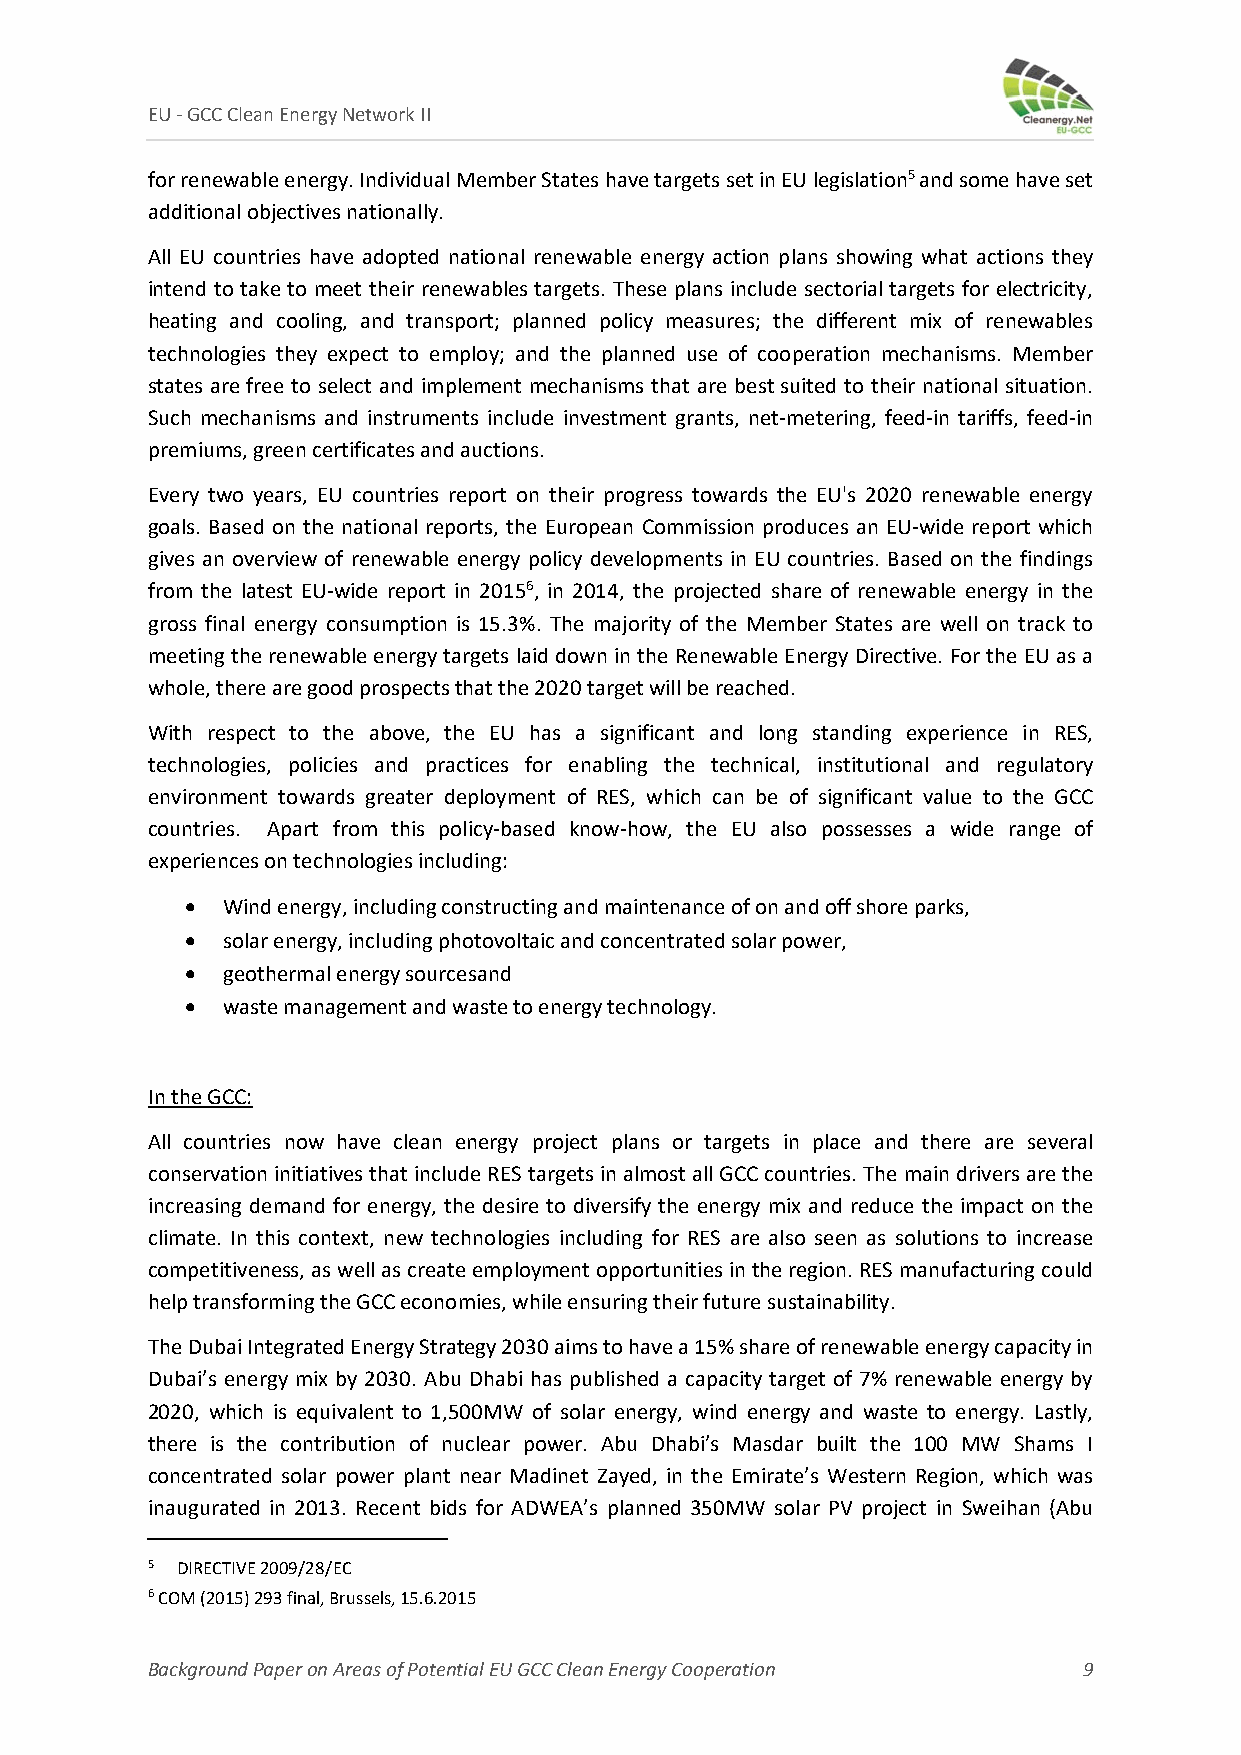
EU ‐ GCC Clean Energy Network II
 for renewable energy. Individual Member States have targets set in EU legislation5 and some have set
 additional objectives nationally.
 All EU countries have adopted national renewable energy action plans showing what actions they
 intend to take to meet their renewables targets. These plans include sectorial targets for electricity,
 heating and cooling, and transport; planned policy measures; the different mix of renewables
 technologies they expect to employ; and the planned use of cooperation mechanisms. Μember
 states are free to select and implement mechanisms that are best suited to their national situation.
 Such mechanisms and instruments include investment grants, net‐metering, feed‐in tariffs, feed‐in
 premiums, green certificates and auctions.
 Every two years, EU countries report on their progress towards the EU's 2020 renewable energy
 goals. Based on the national reports, the European Commission produces an EU‐wide report which
 gives an overview of renewable energy policy developments in EU countries. Based on the findings
 from the latest EU‐wide report in 20156, in 2014, the projected share of renewable energy in the
 gross final energy consumption is 15.3%. The majority of the Member States are well on track to
 meeting the renewable energy targets laid down in the Renewable Energy Directive. For the EU as a
 whole, there are good prospects that the 2020 target will be reached.
 With respect to the above, the EU has a significant and long standing experience in RES,
 technologies, policies and practices for enabling the technical, institutional and regulatory
 environment towards greater deployment of RES, which can be of significant value to the GCC
 countries. Apart from this policy‐based know‐how, the EU also possesses a wide range of
 experiences on technologies including:
   Wind energy, including constructing and maintenance of on and off shore parks,
   solar energy, including photovoltaic and concentrated solar power,
   geothermal energy sourcesand
   waste management and waste to energy technology.
 In the GCC:
 All countries now have clean energy project plans or targets in place and there are several
 conservation initiatives that include RES targets in almost all GCC countries. The main drivers are the
 increasing demand for energy, the desire to diversify the energy mix and reduce the impact on the
 climate. In this context, new technologies including for RES are also seen as solutions to increase
 competitiveness, as well as create employment opportunities in the region. RES manufacturing could
 help transforming the GCC economies, while ensuring their future sustainability.
 The Dubai Integrated Energy Strategy 2030 aims to have a 15% share of renewable energy capacity in
 Dubai’s energy mix by 2030. Abu Dhabi has published a capacity target of 7% renewable energy by
 2020, which is equivalent to 1,500MW of solar energy, wind energy and waste to energy. Lastly,
 there is the contribution of nuclear power. Abu Dhabi’s Masdar built the 100 MW Shams I
 concentrated solar power plant near Madinet Zayed, in the Emirate’s Western Region, which was
 inaugurated in 2013. Recent bids for ADWEA’s planned 350MW solar PV project in Sweihan (Abu
 5 DIRECTIVE 2009/28/EC
 6 COM (2015) 293 final, Brussels, 15.6.2015
 Background Paper on Areas of Potential EU GCC Clean Energy Cooperation 9